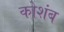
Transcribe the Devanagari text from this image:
कोशंब